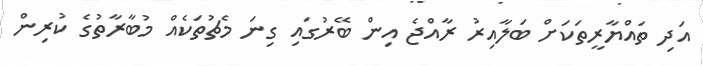
އަދި ތައްޔާރީތަކަށް ބަލާއިރު ރާއްޖެ އިން ބޭރުގައި ގިނަ މެޗުތަކެއް މުބާރާތުގެ ކުރިން